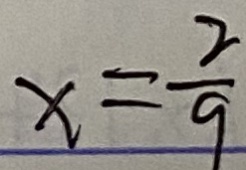
x = \frac { 2 } { 9 }